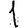
Digit: 1